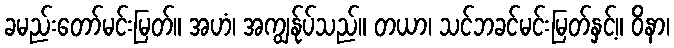
ခမည်းတော်မင်းမြတ်။ အဟံ၊ အကျွန်ုပ်သည်။ တယာ၊ သင်ဘခင်မင်းမြတ်နှင့်။ ဝိနာ၊